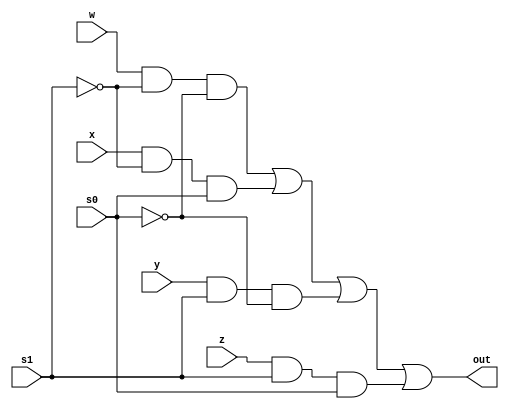
module mux4to1(out,w,x,y,z,s1,s0);

output out;
input w,x,y,z;
input s1,s0;
wire s1n,s0n;
wire w0,x0,y0,z0;

not(s1n,s1);
not(s0n,s0);

and(w0,w,s1n,s0n);
and(x0,x,s1n,s0);
and(y0,y,s1,s0n);
and(z0,z,s1,s0);
or(out,w0,x0,y0,z0);

endmodule


module testmux41;
reg W,X,Y,Z;
reg S1,S0;
wire OUT;

mux4to1 mux(OUT,W,X,Y,Z,S1,S0);

initial
begin 
	W=1;X=0;Y=1;Z=0;
	#5 $display("W=%b,X=%b,Y=%b,Z=%b",W,X,Y,Z);
	S1=0;S0=0;
	#5 $display("S1=%b,S0=%b,OUT=%b",S1,S0,OUT);
	S1=0;S0=1;
	#5 $display("S1=%b,S0=%b,OUT=%b",S1,S0,OUT);
	S1=1;S0=0;
	#5 $display("S1=%b,S0=%b,OUT=%b",S1,S0,OUT);
	S1=1;S0=1;
	#5 $display("S1=%b,S0=%b,OUT=%b",S1,S0,OUT);
end

endmodule